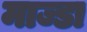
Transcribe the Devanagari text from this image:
माज्डा